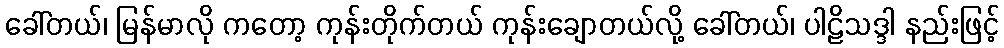
ခေါ်တယ်၊ မြန်မာလို ကတော့ ကုန်းတိုက်တယ် ကုန်းချောတယ်လို့ ခေါ်တယ်၊ ပါဠိသဒ္ဒါ နည်းဖြင့်